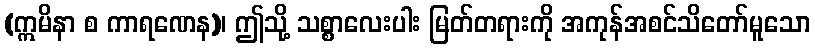
(ဣမိနာ စ ကာရဏေန)၊ ဤသို့ သစ္စာလေးပါး မြတ်တရားကို အကုန်အစင်သိတော်မူသော